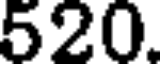
520.